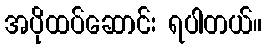
အပိုထပ်ဆောင်း ရပါတယ်။